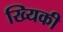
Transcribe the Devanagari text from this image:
ख्यिकी